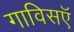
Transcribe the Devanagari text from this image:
गाविसऍ